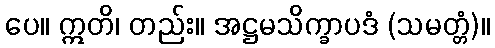
ပေ။ ဣတိ၊ တည်း။ အဋ္ဌမသိက္ခာပဒံ (သမတ္တံ)။